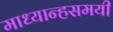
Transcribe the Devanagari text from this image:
माध्यान्हसमयी